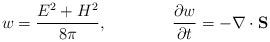
LaTeX: \begin{align*}w=\frac{E^2+H^2}{8\pi},\qquad \qquad \frac{\partial w}{\partial t}=-\nabla\cdot{\bf S}\end{align*}